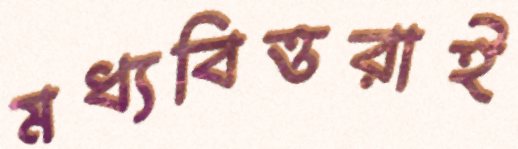
মধ্যবিত্তরাই